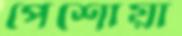
পেশোয়া